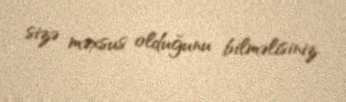
sizə məxsus olduğunu bilməlisiniz.